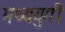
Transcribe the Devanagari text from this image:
मध्ययुगी